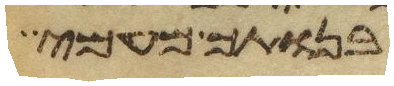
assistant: בנותך מעמי